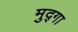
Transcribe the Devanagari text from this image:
मुद्गा